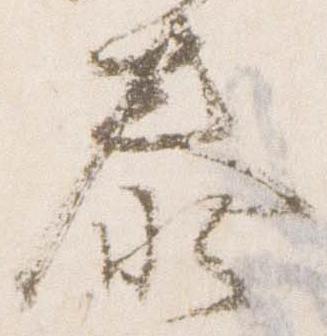
泰